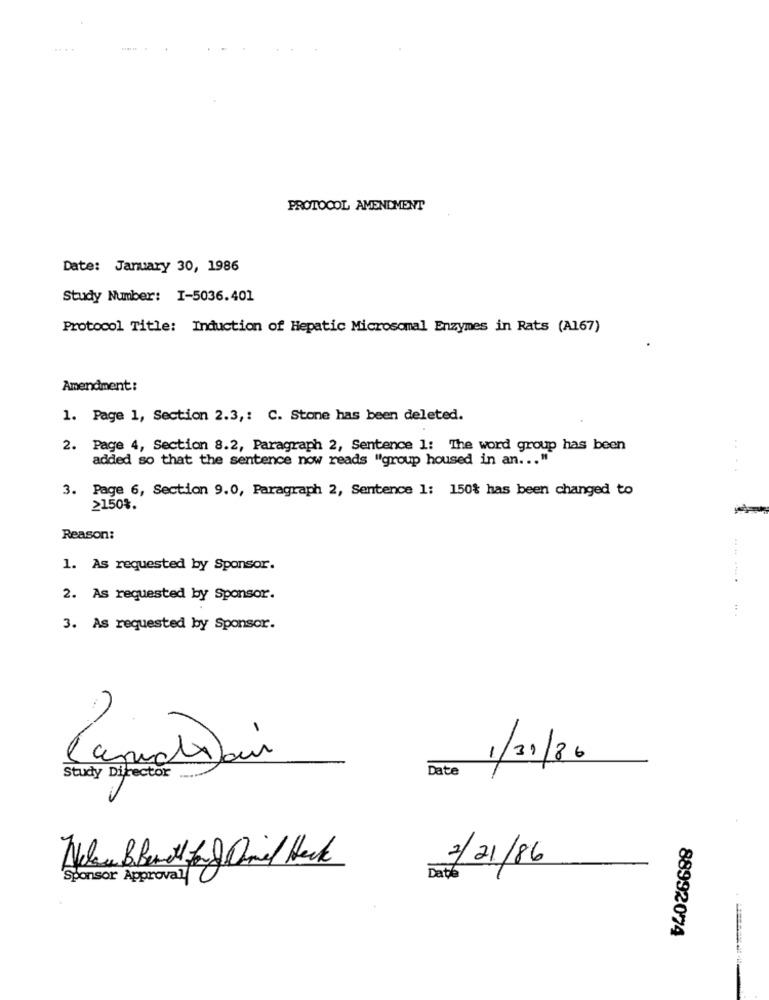
PROTOCOL AMENDMENT
Date: January 30, 1986
Study Number: I-5036.401
Protocol Title: Induction of Hepatic Microsomal Enzymes in Rats (A167)
Amendment:
1. Page 1, Section 2.3 ,: C. Stone has been deleted.
2. Page 4, Section 8.2, Paragraph 2, Sentence 1: The word group has been
added so that the sentence now reads "group housed in an ... "
...
3. Page 6, Section 9.0, Paragraph 2, Sentence 1: 150% has been changed to
≥150%.
Reason:
1. As requested by Sponsor.
........
2. As requested by Sponsor.
3. As requested by Sponsor.
-
1/31/86
Date
Study Director
2/21/86
'Sponsor Approval
Date
88992074